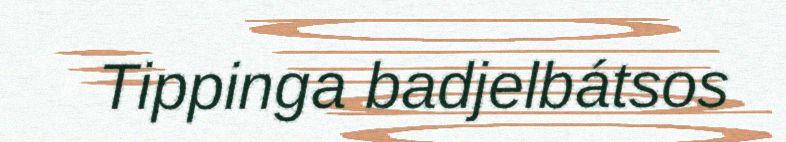
Tippinga badjelbátsos